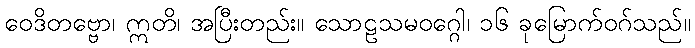
ဝေဒိတဗ္ဗော၊ ဣတိ၊ အပြီးတည်း။ သောဠသမဝဂ္ဂေါ၊ ၁၆ ခုမြောက်ဝဂ်သည်။